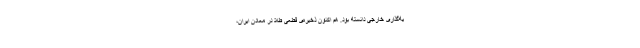
یه‌گذاری خارجی دانسته بود. هم اکنون ذخیره‌ی قطعیِ طلا در معادن ایران،